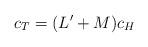
LaTeX: \begin{align*}c_T = (L' + M)c_H \end{align*}